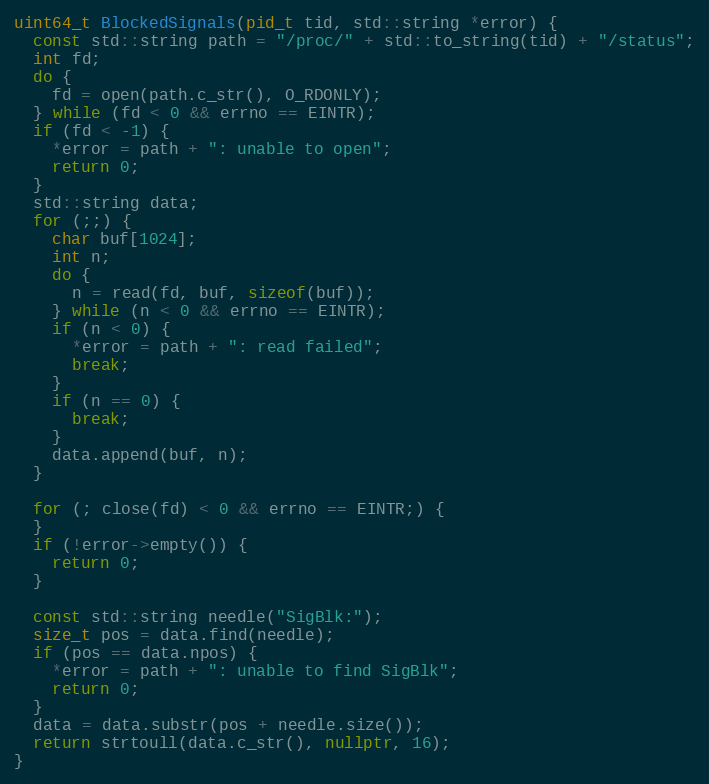
Language: C++
uint64_t BlockedSignals(pid_t tid, std::string *error) {
  const std::string path = "/proc/" + std::to_string(tid) + "/status";
  int fd;
  do {
    fd = open(path.c_str(), O_RDONLY);
  } while (fd < 0 && errno == EINTR);
  if (fd < -1) {
    *error = path + ": unable to open";
    return 0;
  }
  std::string data;
  for (;;) {
    char buf[1024];
    int n;
    do {
      n = read(fd, buf, sizeof(buf));
    } while (n < 0 && errno == EINTR);
    if (n < 0) {
      *error = path + ": read failed";
      break;
    }
    if (n == 0) {
      break;
    }
    data.append(buf, n);
  }

  for (; close(fd) < 0 && errno == EINTR;) {
  }
  if (!error->empty()) {
    return 0;
  }

  const std::string needle("SigBlk:");
  size_t pos = data.find(needle);
  if (pos == data.npos) {
    *error = path + ": unable to find SigBlk";
    return 0;
  }
  data = data.substr(pos + needle.size());
  return strtoull(data.c_str(), nullptr, 16);
}